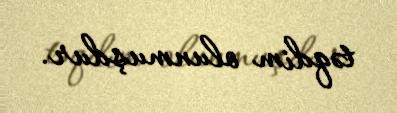
təqdim olunmuşdur.